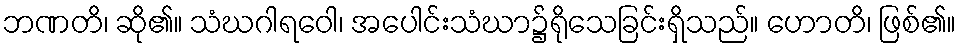
ဘဏတိ၊ ဆို၏။ သံဃဂါရဝေါ၊ အပေါင်းသံဃာ၌ရိုသေခြင်းရှိသည်။ ဟောတိ၊ ဖြစ်၏။